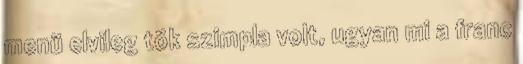
menü elvileg tök szimpla volt, ugyan mi a franc